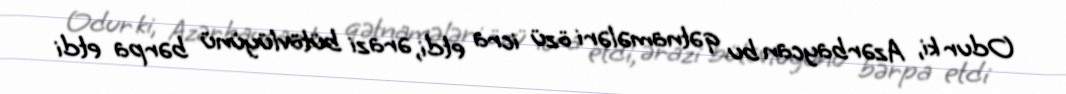
Odur ki, Azərbaycan bu qətnamələri özü icra etdi, ərazi bütövlüyünü bərpa etdi